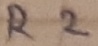
Text: R2